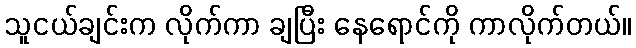
သူငယ်ချင်းက လိုက်ကာ ချပြီး နေရောင်ကို ကာလိုက်တယ်။